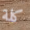
كلة